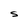
Character: S